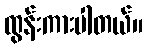
ထွန်းကားပါတယ်။